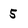
Character: 5